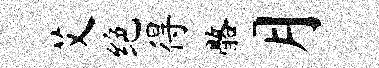
艾绝得髂月